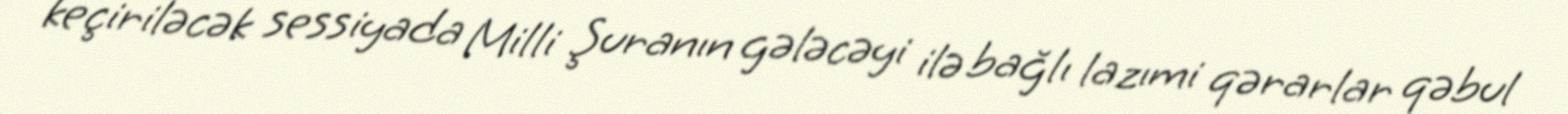
keçiriləcək sessiyada Milli Şuranın gələcəyi ilə bağlı lazımi qərarlar qəbul